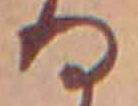
る